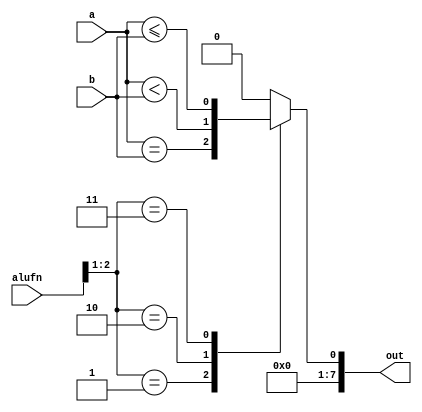
/*
   This file was generated automatically by the Mojo IDE version B1.3.6.
   Do not edit this file directly. Instead edit the original Lucid source.
   This is a temporary file and any changes made to it will be destroyed.
*/

module cmp_22 (
    input [7:0] a,
    input [7:0] b,
    input [5:0] alufn,
    output reg [7:0] out
  );
  
  
  
  always @* begin
    out[1+6-:7] = 7'h00;
    
    case (alufn[1+1-:2])
      2'h1: begin
        out[0+0-:1] = a == b;
      end
      2'h2: begin
        out[0+0-:1] = a < b;
      end
      2'h3: begin
        out[0+0-:1] = a <= b;
      end
      default: begin
        out[0+0-:1] = 1'h0;
      end
    endcase
  end
endmodule